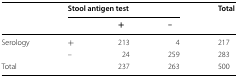
<table><thead><tr><td rowspan="2"></td><td colspan="3"><b>Stool antigen test</b></td><td rowspan="2"><b>Total</b></td></tr><tr><td></td><td><b>+</b></td><td><b>–</b></td></tr></thead><tbody><tr><td rowspan="2">Serology</td><td>+</td><td>213</td><td>4</td><td>217</td></tr><tr><td>–</td><td>24</td><td>259</td><td>283</td></tr><tr><td>Total</td><td></td><td>237</td><td>263</td><td>500</td></tr></tbody></table>